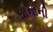
ઘાનાની